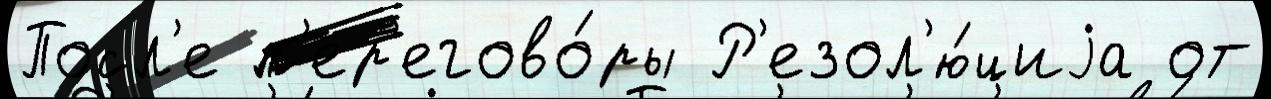
Посл'е п'ер'егово́ры Р'езол'ю́циjа от